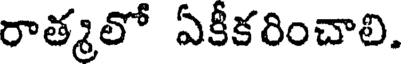
రాత్మలో ఏకీకరించాలి.